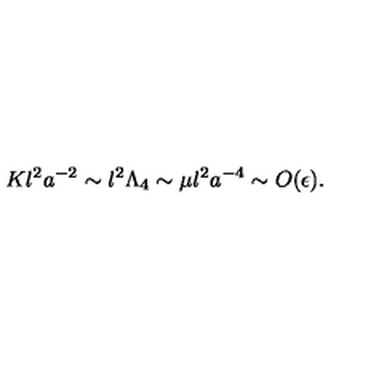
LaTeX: K l ^ { 2 } a ^ { - 2 } \sim l ^ { 2 } \Lambda _ { 4 } \sim \mu l ^ { 2 } a ^ { - 4 } \sim O ( \epsilon ) .